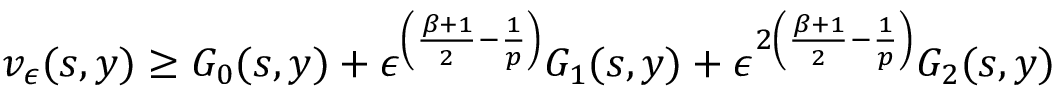
v _ { \epsilon } ( s , y ) \geq G _ { 0 } ( s , y ) + \epsilon ^ { \left( \frac { \beta + 1 } { 2 } - \frac { 1 } { p } \right) } G _ { 1 } ( s , y ) + \epsilon ^ { 2 \left( \frac { \beta + 1 } { 2 } - \frac { 1 } { p } \right) } G _ { 2 } ( s , y )